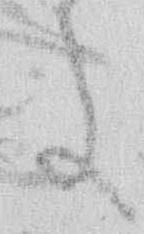
処